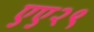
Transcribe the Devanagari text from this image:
एए२९